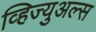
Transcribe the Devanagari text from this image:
व्हिज्युअल्स